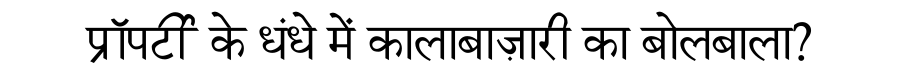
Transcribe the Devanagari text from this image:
प्रॉपर्टी के धंधे में कालाबाज़ारी का बोलबाला?